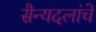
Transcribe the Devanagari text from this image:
सैन्यदलांचे